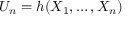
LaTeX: U _ { n } = h ( X _ { 1 } , \ldots , X _ { n } )